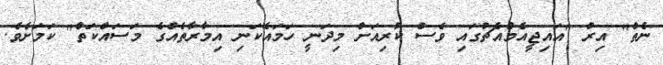
ނެތް" އިރު "އައިޖީއެމްއެޗުގައި ވެސް ކުރިއަށް މިދަނީ ހަމައެކަނި އިމާރާތެއްގެ މަސައްކަތް" ކަމަށެވެ.